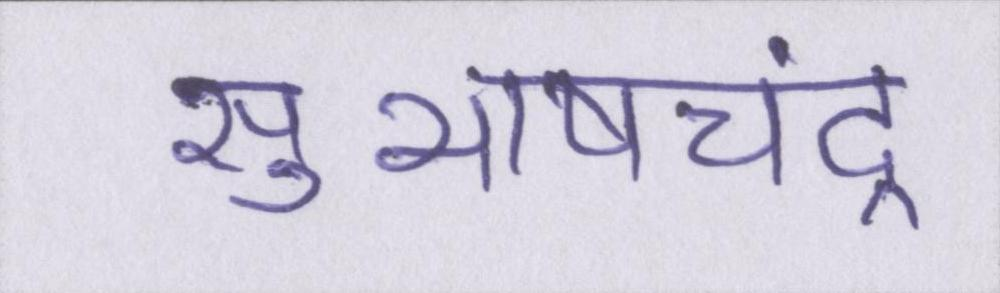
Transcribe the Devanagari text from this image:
सुभाषचंद्र